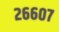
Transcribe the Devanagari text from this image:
२६६०७